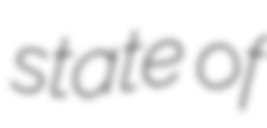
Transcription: state of